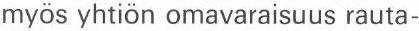
myös yhtiön omavaraisuus rauta-